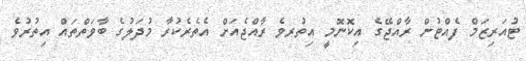
ޓުއަރިޒަމް ފެއްޓުުން ރާއްޖޭގެ އިކޮނޮމީ އިތުުރވެ ރާއްޖެއަށް އެތެރެކުރާ މުދަލުގެ ބާވަތްތައް އިތުރުވެ